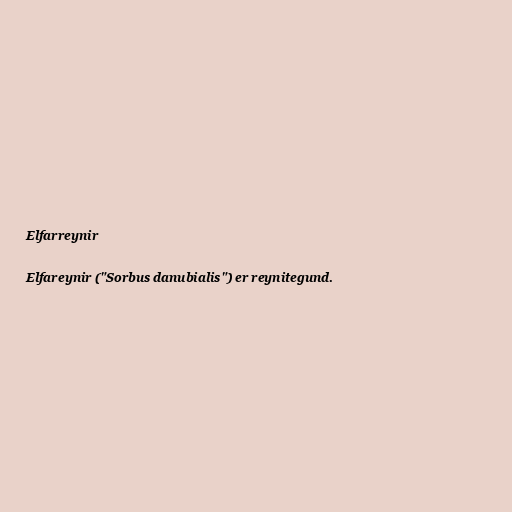
Elfarreynir

Elfareynir ("Sorbus danubialis") er reynitegund.